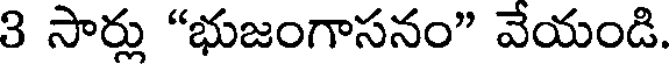
3 సార్లు "భుజంగాసనం" వేయండి.